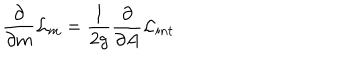
\frac { \partial } { { \partial } m } { \cal { L } } _ { m } = \frac { 1 } { 2 g } \frac { \partial } { \partial A } { \cal { L } } _ { i n t }